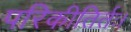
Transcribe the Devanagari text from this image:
परिकीतिर्तः।